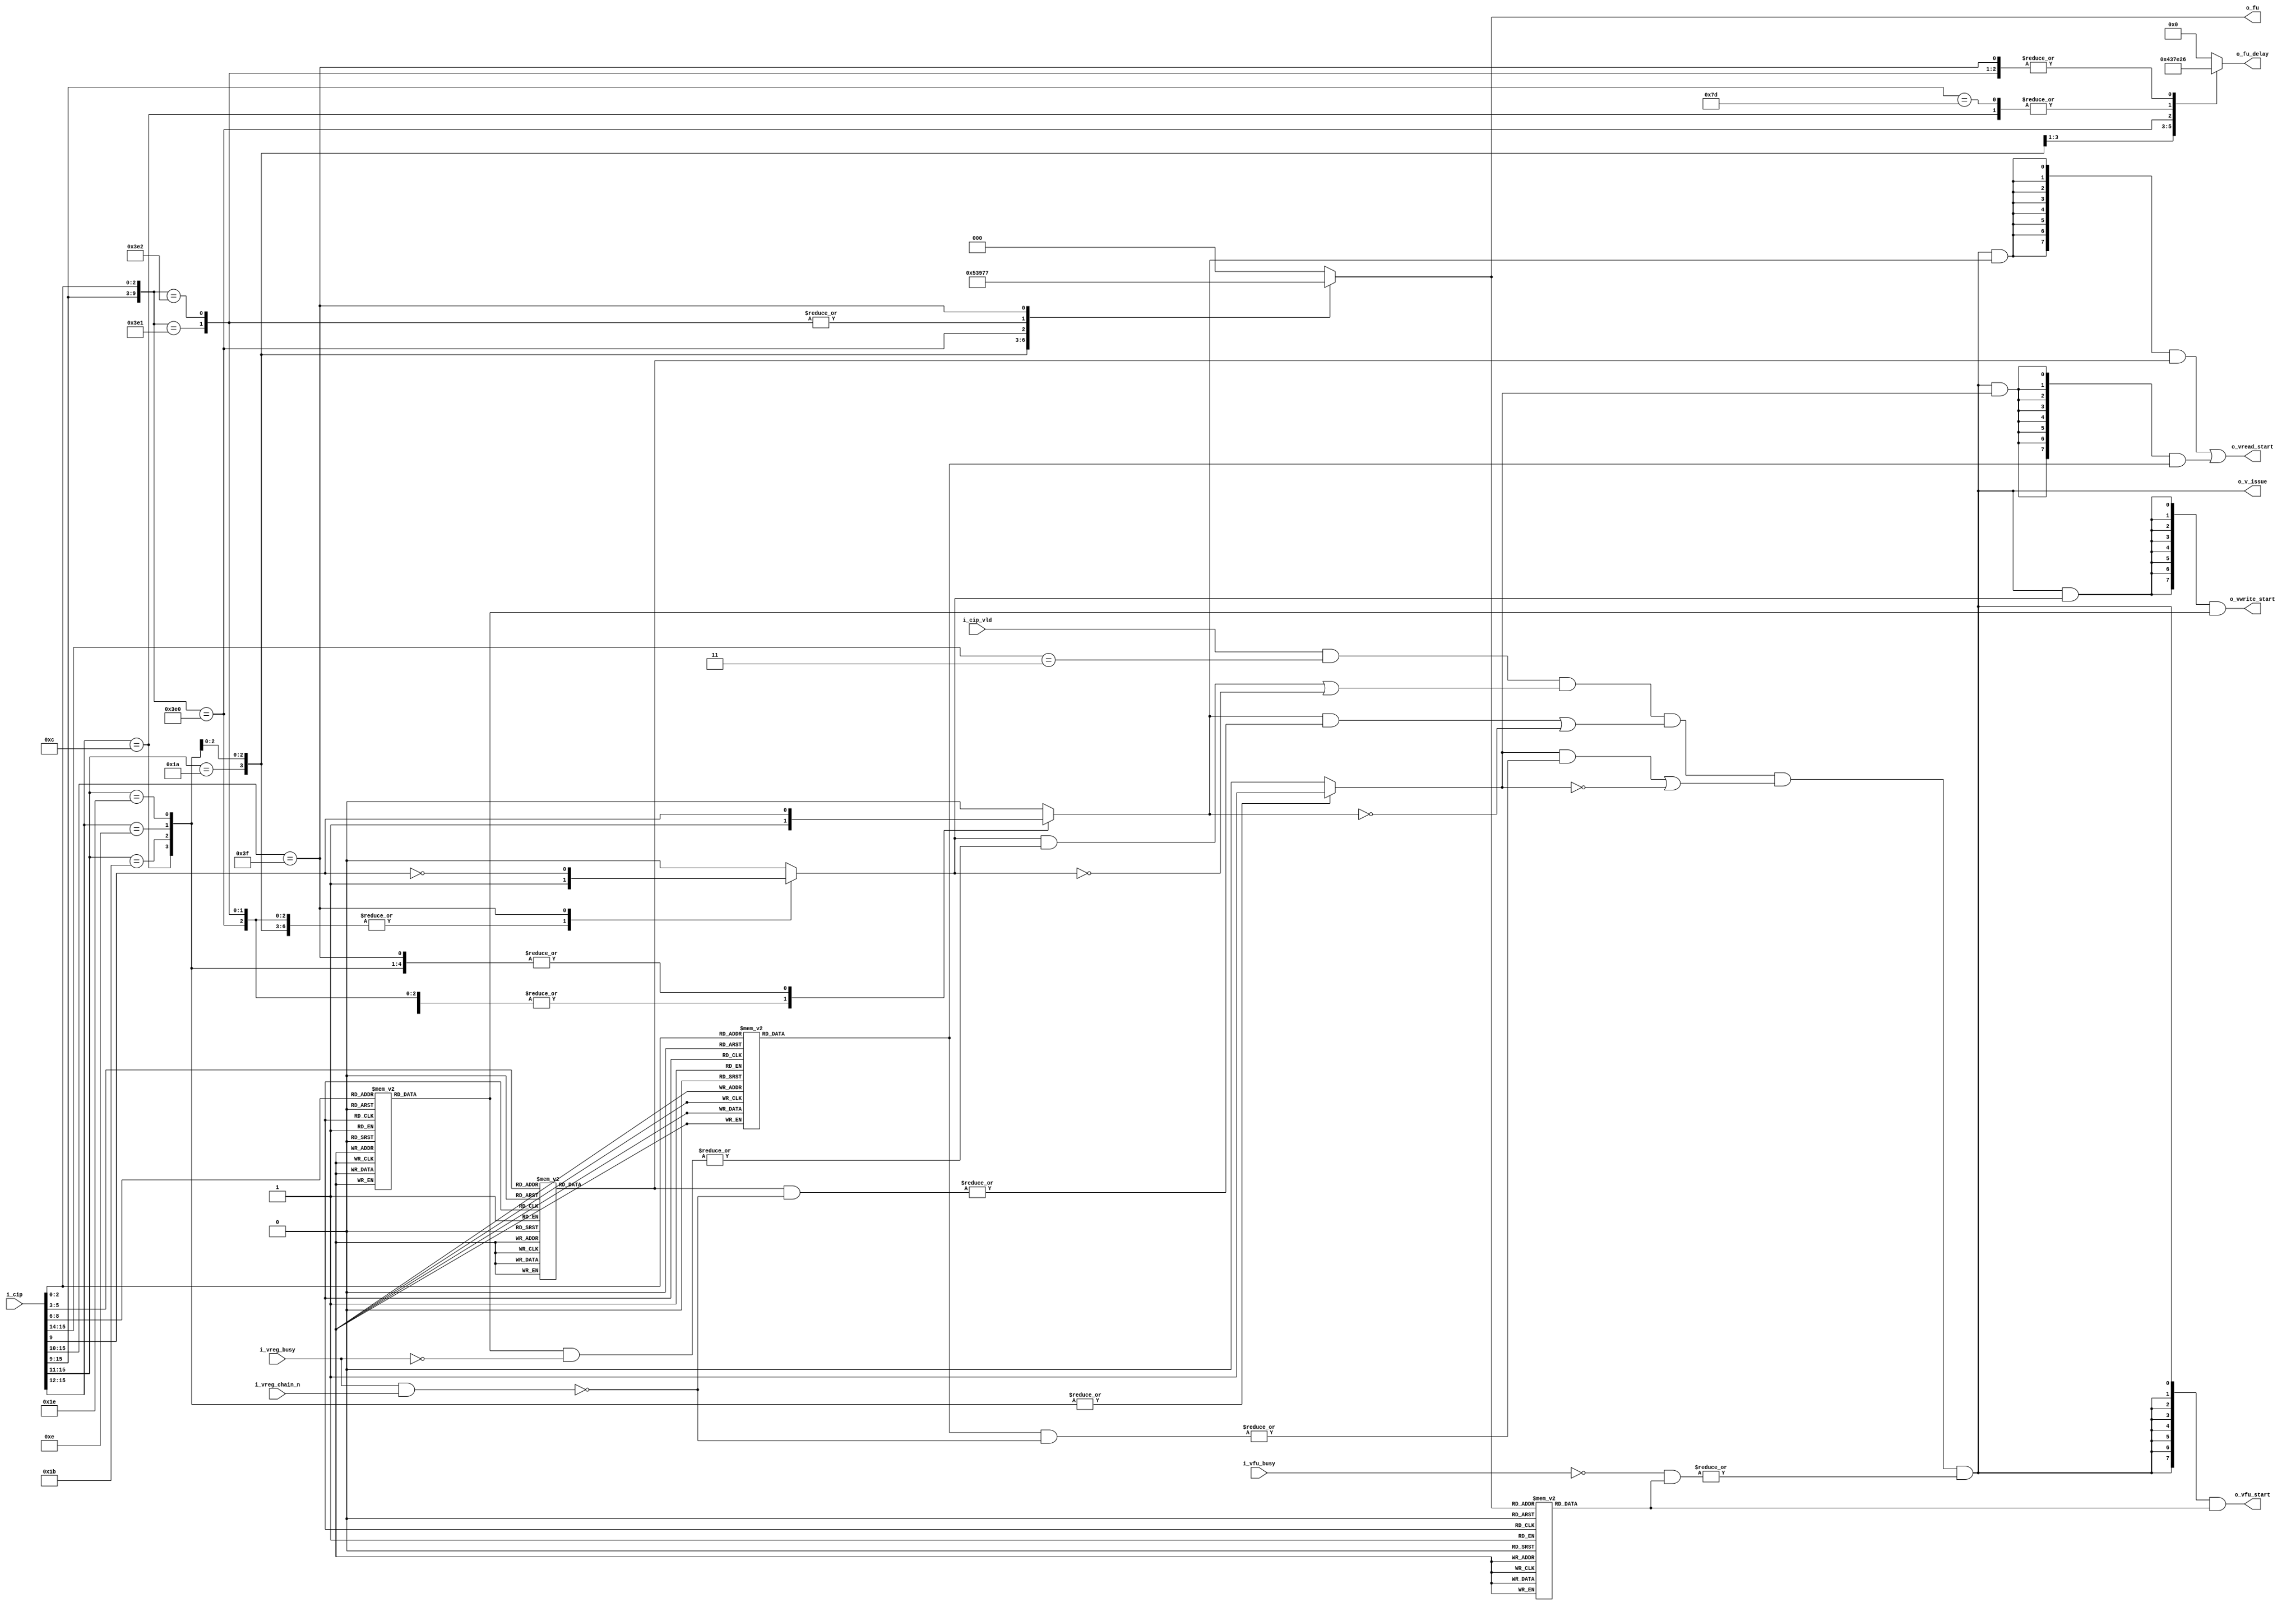
//////////////////////////////////////////////////////////////////
//        Cray V-register Scheduler                             //
//////////////////////////////////////////////////////////////////
//
//This block controls instruction-issue and scheduling 
//for instructions that utilize the vector "V" Register Files,
//including all pipelining features

module v_scheduler(i_cip,
                 i_cip_vld, 
					  o_fu_delay, 
					  o_fu, 
					  o_vwrite_start,
					  o_vread_start, 
					  o_vfu_start,
					  o_v_issue,
					  i_vreg_busy,
					  i_vreg_chain_n,
					  i_vfu_busy);
					  
	input wire [15:0] i_cip;
	input wire        i_cip_vld;
	output reg [3:0]  o_fu_delay;
   output reg [2:0]  o_fu;
	output wire[7:0]  o_vwrite_start;
	output wire[7:0]  o_vread_start;
	output wire[7:0]  o_vfu_start;
	output wire       o_v_issue;
	input  wire [7:0] i_vreg_busy;
	input  wire [7:0] i_vreg_chain_n;
	input  wire [7:0] i_vfu_busy;



reg  [7:0] vi_one_hot;
reg  [7:0] vj_one_hot;
reg  [7:0] vk_one_hot;
reg  [7:0] vfu_one_hot;
reg        vi_en, vj_en, vk_en;
wire       v_type;
wire       issue_vld;    //it's okay to issue the instruction



localparam VLOG      = 3'b000,   //vector logical
           VSHIFT    = 3'b001,	 //vector shift
			  VADD      = 3'b010,
	        FP_MUL    = 3'b011,   //FP multiply
	        FP_ADD    = 3'b100,   //FP adder 
	        FP_RA     = 3'b101,   //FP recip. approx.
	        VPOP      = 3'b110,   //vector pop count / parity
	         MEM      = 3'b111;

//is it okay to issue the instruction? 
wire vi_rdy;
wire vj_rdy;
wire vk_rdy;
wire fu_rdy;
assign vi_rdy = (vi_en && (|(vi_one_hot & ~i_vreg_busy)) || ~vi_en);
assign vj_rdy = (vj_en && (|(vj_one_hot & ~(i_vreg_busy & i_vreg_chain_n))) || ~vj_en);
assign vk_rdy = (vk_en && (|(vk_one_hot & ~(i_vreg_busy & i_vreg_chain_n))) || ~vk_en);
assign fu_rdy = |(~i_vfu_busy & vfu_one_hot);
assign v_type = i_cip[15:14]==2'b11;
assign issue_vld = i_cip_vld && v_type && vi_rdy && vj_rdy && vk_rdy && fu_rdy;
assign o_v_issue = issue_vld;



//Let's figure out the actual 'vwrite_start', 'vread_start' and 'vfu_start' signals
assign o_vwrite_start = {8{(issue_vld & vi_en)}} & vi_one_hot;
assign o_vread_start  = ({8{(issue_vld && vj_en)}} & vj_one_hot) | ({8{(issue_vld && vk_en)}} & vk_one_hot);
assign o_vfu_start    = {8{issue_vld}} & vfu_one_hot; 
  
//Figure out if it's a vector instruction!



//figure out the delay
always@*
begin
   casez(i_cip)
	   //140-147
      16'b1100????????????:begin
									  o_fu_delay = 4'd2; //vector logical
									  o_fu = VLOG;       //vector logical
									  vi_en = 1'b1;      //vi always enabled
									  vk_en = 1'b1;      //vk always enabled
									  vj_en = i_cip[9];  //vj enabled for odd instructions, S for even instructions
								  end
		//150-153
      16'b11010???????????:begin
                    		     o_fu_delay = 4'd4; //vector shift
									  o_fu = VSHIFT;
                             vi_en = 1'b1;
                             vj_en = 1'b1;
                             vk_en = 1'b0;									  
								  end
		//154-157
		16'b11011???????????:begin
     		                    o_fu_delay = 4'd3; //vector add
									  o_fu = VADD; 
									  vi_en = 1'b1;
									  vk_en = 1'b1;
									  vj_en = i_cip[9];  //vj enabled for odd, sj for even
								  end
		//160-167
		16'b1110????????????:begin
                 		        o_fu_delay = 4'd7; //FP mul
									  o_fu = FP_MUL; 
									  vi_en = 1'b1;
									  vk_en = 1'b1;
									  vj_en = i_cip[9];  //vj enabled for odd, sj for even
								  end
		//170-173						  
		16'b11110???????????:begin
 		                       o_fu_delay = 4'd6; //FP add
									  o_fu = FP_ADD;
									  vi_en = 1'b1;
									  vk_en = 1'b1;
									  vj_en = i_cip[9];  //vj enabled for odd, sj for even
								  end
		//174ij0 - floating point reciprocal approximation						  
		16'b1111100??????000:begin
		                       o_fu_delay = 4'd14;
									  o_fu = FP_RA;
									  vi_en = 1'b1;
									  vk_en = 1'b0;
									  vj_en = 1'b1;
								  end
		//174ij1	- population count of (Vj elements) to Vi elements					  
		16'b1111100??????001:begin
  		                       o_fu_delay = 4'd6;
									  o_fu = VPOP;
									  vi_en = 1'b1;
									  vj_en = 1'b1;
									  vk_en = 1'b0;
								  end
		//174ij2 - population count parity of (Vj elements) to Vi elements						   
		16'b1111100??????010:begin 
		                       o_fu_delay = 4'd6;
									  o_fu = VPOP;
									  vi_en = 1'b1;
									  vj_en = 1'b1;
									  vk_en = 1'b0;
								  end
		//175xj0-175xj3 - create vector mask based on the results of testing the Vj register						  
		16'b1111101?????????:begin
           		              o_fu_delay = 4'd2; //vector logical
		                       o_fu = VLOG; //vector logical
									  vi_en = 1'b0;
									  vj_en = 1'b1;
									  vk_en = 1'b0;
								  end
		//176ixk-177xj0						  
		16'b111111??????????:begin
		                       o_fu_delay = 4'd6;
		                       o_fu = MEM;
									  vi_en = !i_cip[9]; //write to Vi for 176
									  vj_en = i_cip[9];  //read from Vj for 177
									  vk_en = 1'b0;
								  end
      default:begin 
		           o_fu= 3'b0;
					  o_fu_delay = 4'b0;
					  vi_en = 1'b0;
					  vj_en = 1'b0;
					  vk_en = 1'b0;
				  end
   endcase
end

//Now let's generate 1-hot signals for the i,j,k register selects
always@*
begin
   case(i_cip[8:6])
           3'b000:vi_one_hot = 8'b00000001;
           3'b001:vi_one_hot = 8'b00000010;
           3'b010:vi_one_hot = 8'b00000100;
           3'b011:vi_one_hot = 8'b00001000;
           3'b100:vi_one_hot = 8'b00010000;
           3'b101:vi_one_hot = 8'b00100000;
           3'b110:vi_one_hot = 8'b01000000;
           3'b111:vi_one_hot = 8'b10000000;
        endcase
end

always@*
begin
   case(i_cip[5:3])
           3'b000:vj_one_hot = 8'b00000001;
           3'b001:vj_one_hot = 8'b00000010;
           3'b010:vj_one_hot = 8'b00000100;
           3'b011:vj_one_hot = 8'b00001000;
           3'b100:vj_one_hot = 8'b00010000;
           3'b101:vj_one_hot = 8'b00100000;
           3'b110:vj_one_hot = 8'b01000000;
           3'b111:vj_one_hot = 8'b10000000;
        endcase
end

always@*
begin
   case(i_cip[2:0])
           3'b000:vk_one_hot = 8'b00000001;
           3'b001:vk_one_hot = 8'b00000010;
           3'b010:vk_one_hot = 8'b00000100;
           3'b011:vk_one_hot = 8'b00001000;
           3'b100:vk_one_hot = 8'b00010000;
           3'b101:vk_one_hot = 8'b00100000;
           3'b110:vk_one_hot = 8'b01000000;
           3'b111:vk_one_hot = 8'b10000000;
        endcase
end

always@*
begin
   case(o_fu)
	   VLOG:  vfu_one_hot = 8'b00000001;   //vector logical
      VSHIFT:vfu_one_hot = 8'b00000010;   //vector shift
		  VADD:vfu_one_hot = 8'b00000100;   //vector adder
	   FP_MUL:vfu_one_hot = 8'b00001000;   //FP multiply
	   FP_ADD:vfu_one_hot = 8'b00010000;   //FP adder 
	    FP_RA:vfu_one_hot = 8'b00100000;   //FP recip. approx.
	     VPOP:vfu_one_hot = 8'b01000000;   //vector pop count / parity
	      MEM:vfu_one_hot = 8'b10000000;   //Memory
	endcase
end
endmodule